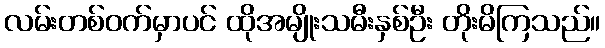
လမ်းတစ်ဝက်မှာပင် ထိုအမျိုးသမီးနှစ်ဦး တိုးမိကြသည်။